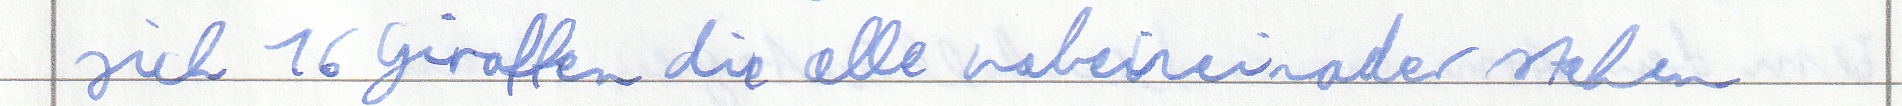
sich 16 Giraffen die alle nebeneinader stehen